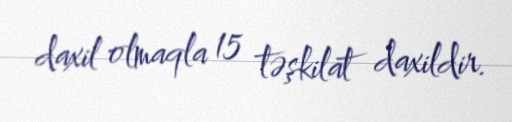
daxil olmaqla 15 təşkilat daxildir.